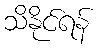
သိနိုင်ရန်